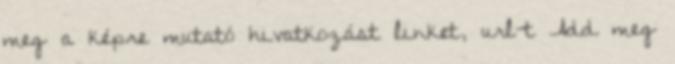
meg a képre mutató hivatkozást linket, url-t Add meg